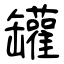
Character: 罐